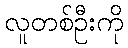
လူတစ်ဦးကို